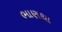
ભાણથા